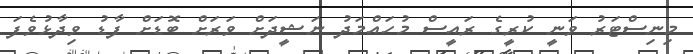
މިނިސްޓަރު ވަނީ ކުރީގެ ރައީސް މުހައްމަދު ނަޝީދަށް ވަރަށް ބޮޑަށް ފާޑު ވިދާޅުވެފަ